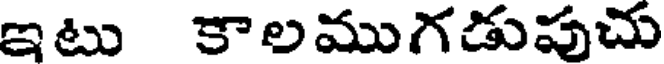
ఇటు కాలముగడుపుచు